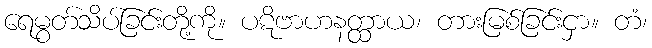
ရေမွတ်သိပ်ခြင်းတို့ကို။ ပဋိဗာဟနတ္ထာယ၊ တားမြစ်ခြင်းငှာ။ တံ၊